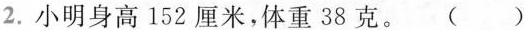
2.小明身高152厘米，体重38克。( )